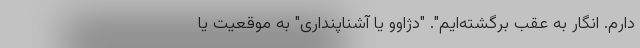
دارم. انگار به عقب برگشته‌ایم". "دژاوو یا آشناپنداری" به موقعیت یا